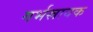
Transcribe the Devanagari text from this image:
गर्भस्रावक